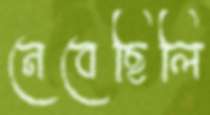
নেবেছিলি